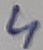
Text: 4